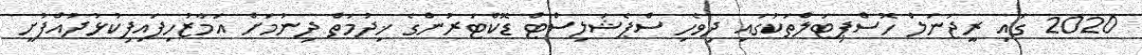
2020 ގައި ރީޖަނަލް ހޮސްޕިޓަލްތަކުގައި ދިވެހި ސްޕެޝަލިސްޓް ޑޮކްޓަރުންގެ ޚިދުމަތް ދިނުމަށް އަމާޒުހިފައިފިކުޅުދުއްފުށީ